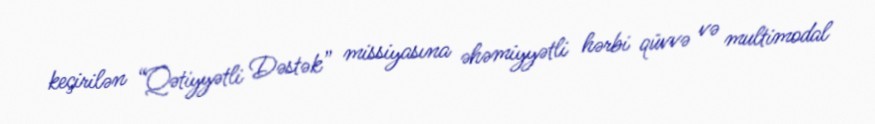
keçirilən “Qətiyyətli Dəstək” missiyasına əhəmiyyətli hərbi qüvvə və multimodal